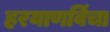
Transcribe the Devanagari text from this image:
हरयाणविंचा